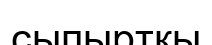
сыпырткы